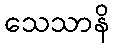
သေသာနိ